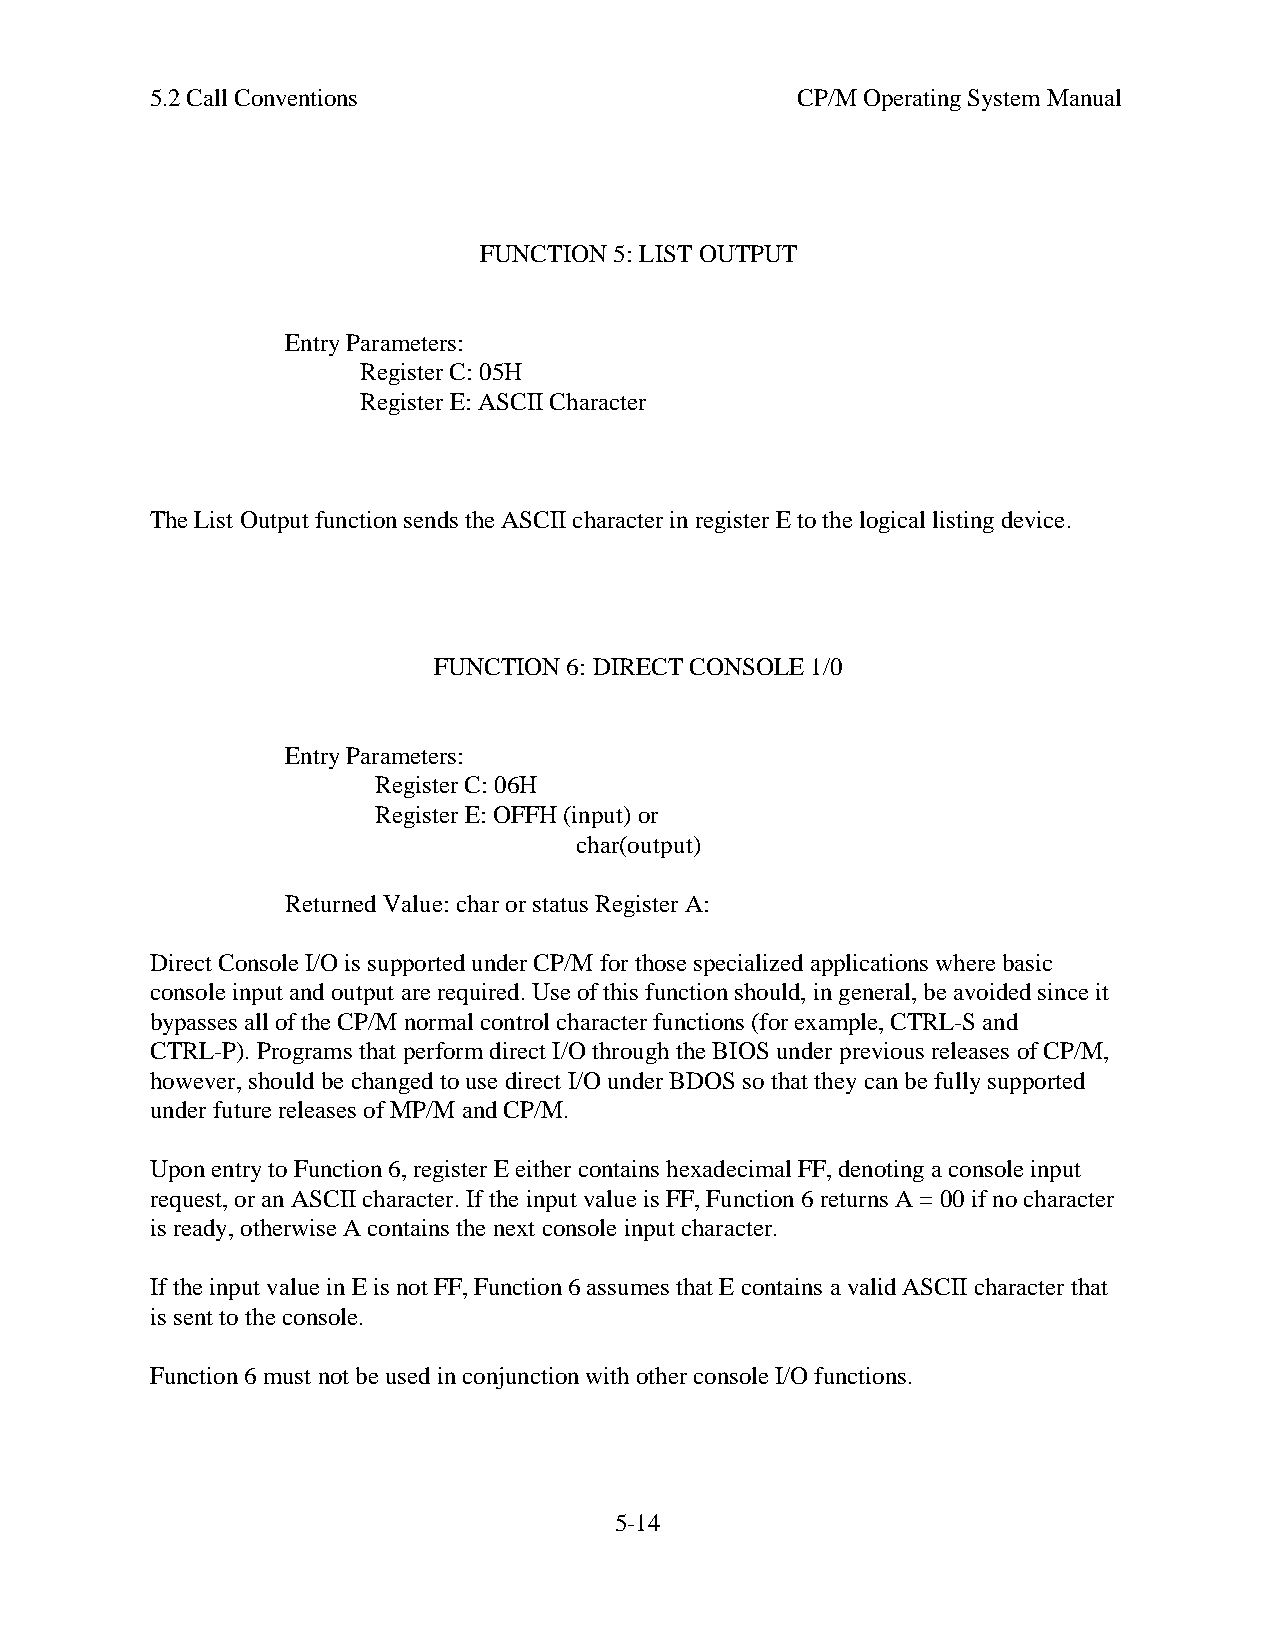
5.2 Call Conventions                       CP/M Operating System Manual
 FUNCTION 5: LIST OUTPUT
 Entry Parameters:
 Register C: 05H
 Register E: ASCII Character
 The List Output function sends the ASCII character in register E to the logical listing device.
 FUNCTION 6: DIRECT CONSOLE 1/0
 Entry Parameters:
 Register C: 06H
 Register E: OFFH (input) or
 char(output)
 Returned Value: char or status Register A:
 Direct Console I/O is supported under CP/M for those specialized applications where basic
 console input and output are required. Use of this function should, in general, be avoided since it
 bypasses all of the CP/M normal control character functions (for example, CTRL-S and
 CTRL-P). Programs that perform direct I/O through the BIOS under previous releases of CP/M,
 however, should be changed to use direct I/O under BDOS so that they can be fully supported
 under future releases of MP/M and CP/M.
 Upon entry to Function 6, register E either contains hexadecimal FF, denoting a console input
 request, or an ASCII character. If the input value is FF, Function 6 returns A = 00 if no character
 is ready, otherwise A contains the next console input character.
 If the input value in E is not FF, Function 6 assumes that E contains a valid ASCII character that
 is sent to the console.
 Function 6 must not be used in conjunction with other console I/O functions.
 5-14